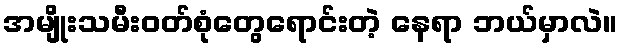
အမျိုးသမီးဝတ်စုံတွေရောင်းတဲ့ နေရာ ဘယ်မှာလဲ။